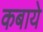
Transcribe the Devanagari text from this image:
कबाये